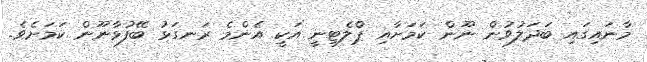
މާނައިގައި ބަދަލުވުން ނޫން ކަމަށާއި ޕްލެޓިނީ އަކީ އެންމެ ރަނގަޅު ބޭފުޅާނޫން ކަމަށެވެ.